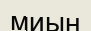
миың